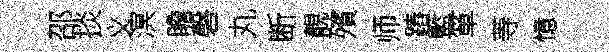
邵掞义溟瞻磬丸断靚殯师蹖籃箪䓁憶